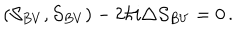
( \mathcal { S } _ { B V } , \mathcal { S } _ { B V } ) - 2 \hbar i \triangle \mathcal { S } _ { B V } = 0 \, .